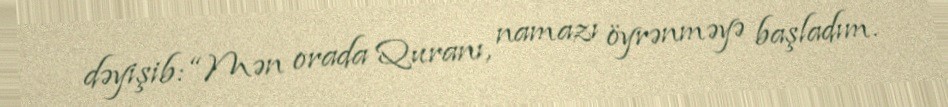
dəyişib: “Mən orada Quranı, namazı öyrənməyə başladım.